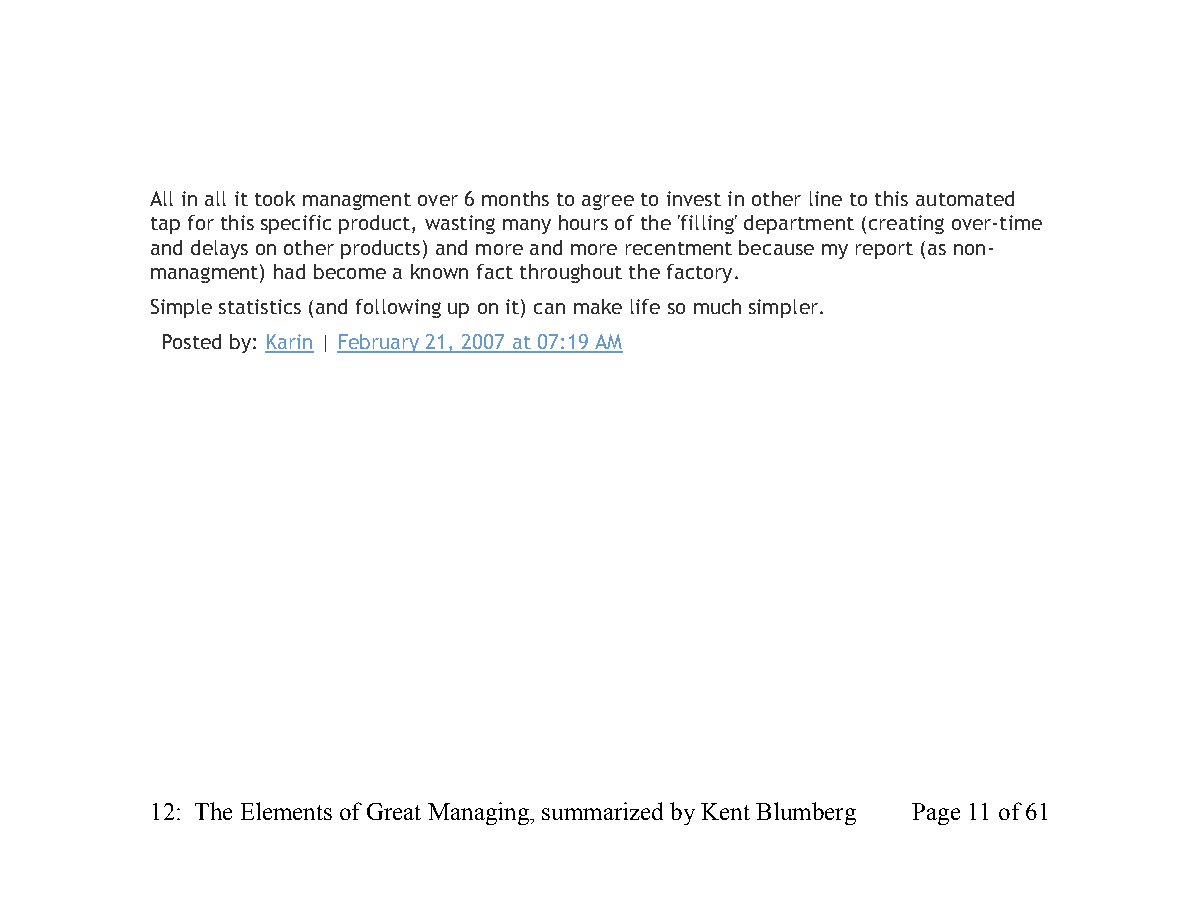
All in all it took managment over 6 months to agree to invest in other line to this automated
 tap for this specific product, wasting many hours of the 'filling' department (creating over-time
 and delays on other products) and more and more recentment because my report (as non-
 managment) had become a known fact throughout the factory.
 Simple statistics (and following up on it) can make life so much simpler.
 Posted by: Karin | February 21, 2007 at 07:19 AM
 12: The Elements of Great Managing, summarized by Kent Blumberg Page 11 of 61